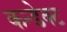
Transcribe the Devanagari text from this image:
कन्डेक्ट